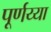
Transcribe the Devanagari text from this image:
पूर्णय्या